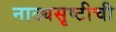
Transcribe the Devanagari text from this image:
नाट्यसृष्‍टीची